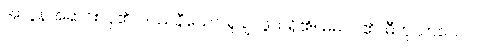
အလွန်အဆင်းလှ၏။ ဒဿနီယော၊ ရှုချင်ဖွယ်ရှိ၏။ မမ၊ ငါ၏။ ဓီတုယာယေဝ၊